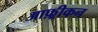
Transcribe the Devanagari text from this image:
आफ़्रीकन